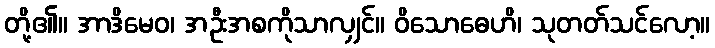
တို့၏။ အာဒိမေဝ၊ အဦးအစကိုသာလျှင်။ ဝိသောဓေဟိ၊ သုတတ်သင်လော့။